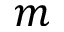
m